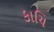
કાચિ